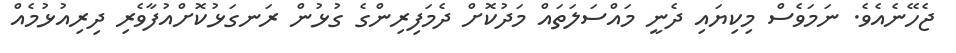
ޖެހޭނެއެވެ. ނަމަވެސް މިކިޔައި ދެނީ މައްސަލަތައް މަދުކޮށް ދެމަފިރިންގެ ގުޅުން ރަނގަޅުކޮށްއުފާވެރި ދިރިއުޅުމެއް